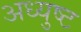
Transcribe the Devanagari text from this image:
अध्युष्ट